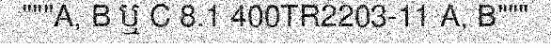
"""A, B ឬ C 8.1 400TR2203-11 A, B"""